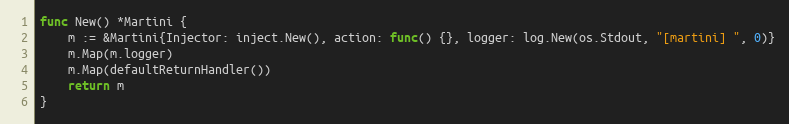
Language: Go
func New() *Martini {
	m := &Martini{Injector: inject.New(), action: func() {}, logger: log.New(os.Stdout, "[martini] ", 0)}
	m.Map(m.logger)
	m.Map(defaultReturnHandler())
	return m
}